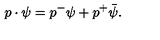
p \cdot \psi = p ^ { - } \psi + p ^ { + } \bar { \psi } .